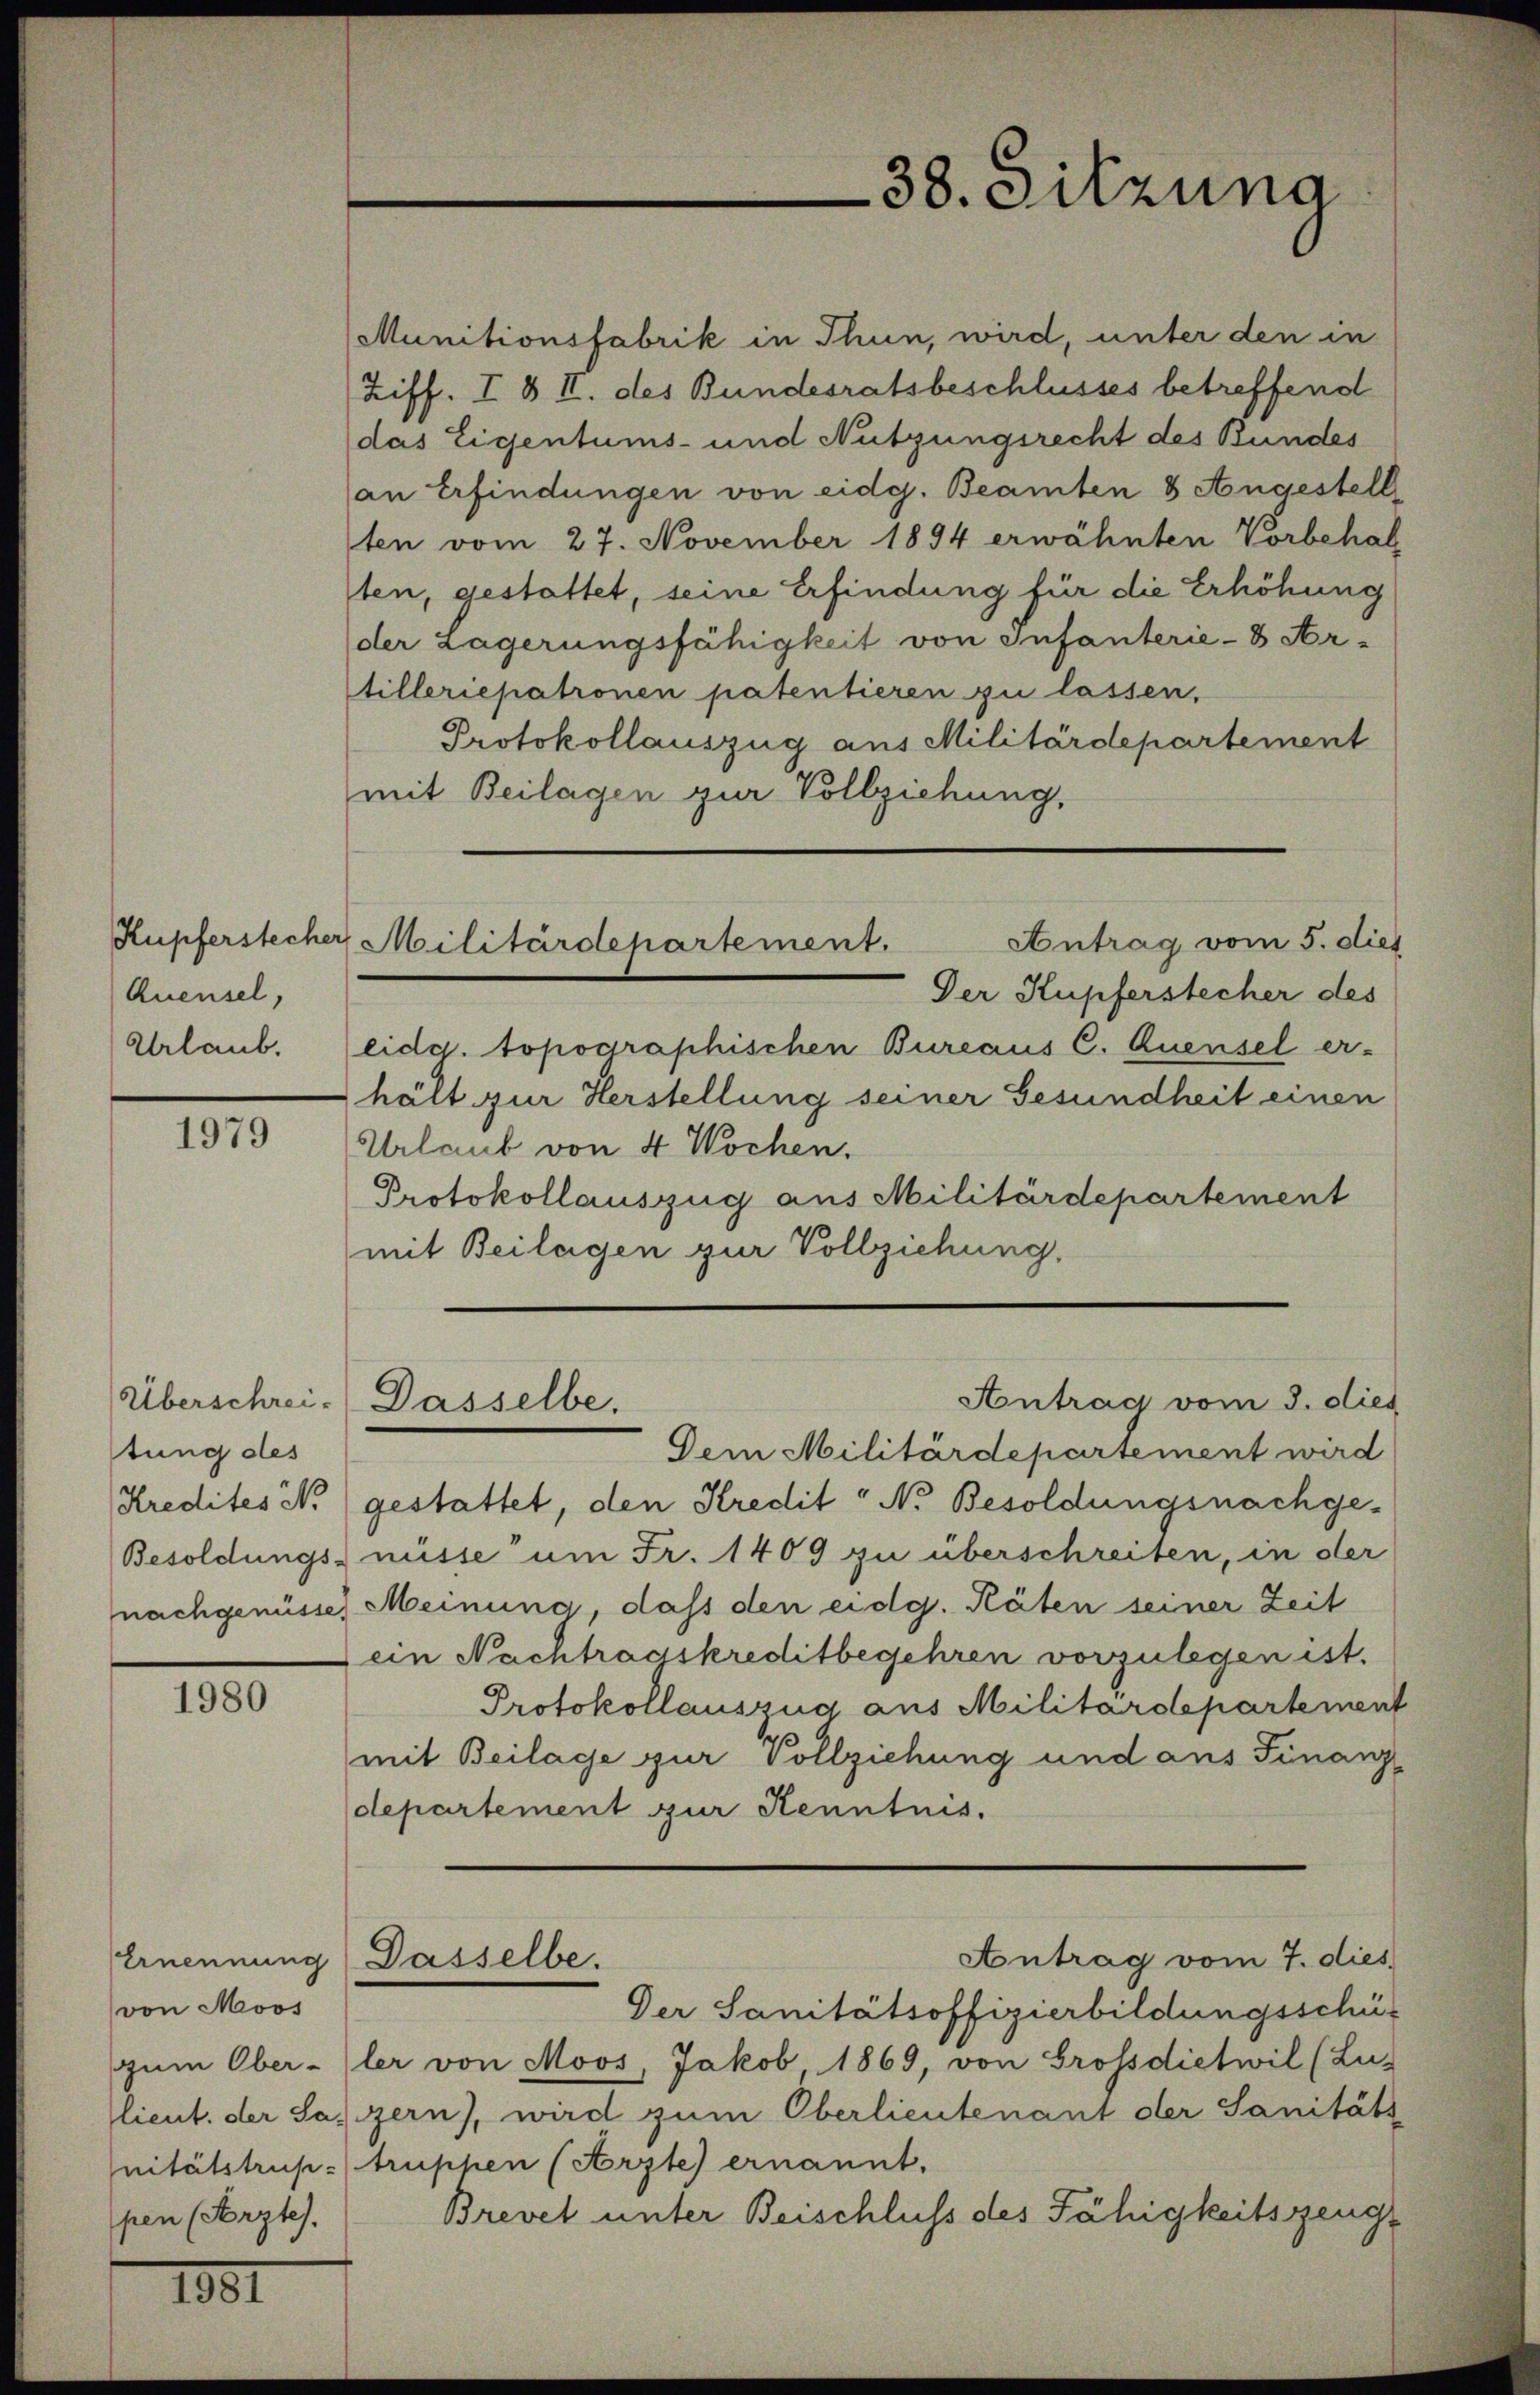
Quensel,
Urlaub.

1979

Überschreistung des

1980

von Moos
pen (Aerztes.

1881

38. Sitzung

Kupferstecher Militärdepartement.
Antrag vom 5. dies

Munitionsfabrik in Thun, wird, unter den in
Ziff. I & II. des Bundesratsbeschlusses betreffend
das Eigentums- und Nutzungsrecht des Bundes
an Erfindungen von eidg. Beamten 3 Angestell
ten vom 27. November 1894 erwähnten Vorbehal
ten, gestattet, seine Erfindung für die Erhöhung
der Lagerungsfähigkeit von Infanterie-8 Ar-
tilleriepatronen patentieren zu lassen.
Protokollauszug aus Militärdepartement
mit Beilagen zur Vollziehung,
Der Kupferstecher des
eidg. topographischen Bureaus C. Quensel er-
hält zur Herstellung seiner Gesundheit einen
Urlaub von 4 Wochen.
Protokollauszug aus Militärdepartement
mit Beilagen zur Vollziehung.
Antrag vom 3. dies
Dasselbe.
Dem Militärdepartement wird
Kredites N. (gestattet, den Kredit " No Besoldungsnachge¬
Besoldungsnüsse um Fr. 1409 zu überschreiten, in der
nachgenüsse Meinung, dass den eidg. Räten seiner Zeit
ein Nachtragskreditbegehren vorzulegen ist.
Protokollauszug aus Militärdepartement
mit Beilage zur Vollziehung und aus Finanz
departement zur Kenntnis.
Antrag vom 7. dies
Ernennung Dasselbe.
Der Sanitätsoffizierbildungsschüt
zum Ober-ler von Moos, Jakob, 1869, von Grossdietwil (Lu-
lieut. der Salzern), wird zum Oberlieutenant der Sanitäts
nitätstrup-truppen (Arzte ernannt.
Brevet unter Beischluss des Fähigkeitszeuge